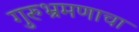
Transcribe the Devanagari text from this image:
गुरुभ्रमणाचा